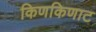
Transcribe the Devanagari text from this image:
किणकिणाट